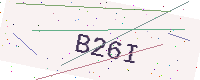
Text: B26I